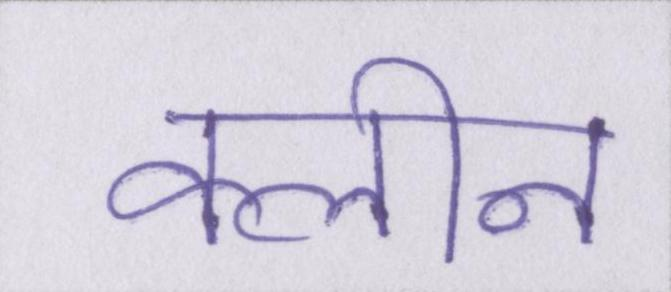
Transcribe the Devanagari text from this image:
क्लीन